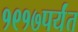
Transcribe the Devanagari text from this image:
१९१७पर्यंत